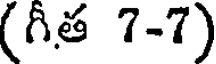
(గీత 7-7)